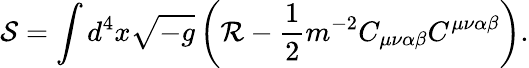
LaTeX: \mathcal{S}=\int{d^{4}x\sqrt{-g}\left(\mathcal{R}-\frac{1}{2}m^{-2}C_{\mu\nu\alpha\beta}C^{\mu\nu\alpha\beta}\right)}.